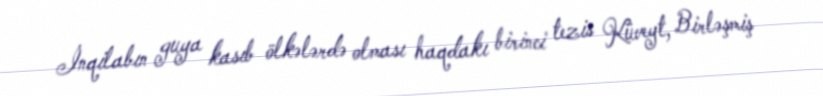
İnqilabın guya kasıb ölkələrdə olması haqdakı birinci tezis Küveyt, Birləşmiş